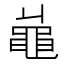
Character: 𪓓